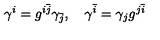
\gamma ^ { i } = g ^ { i \bar { j } } \gamma _ { \bar { j } } , \quad \gamma ^ { \bar { i } } = \gamma _ { j } g ^ { j \bar { i } }